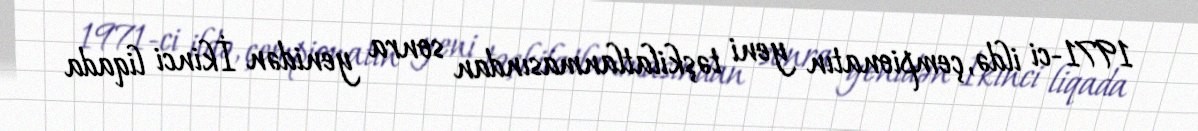
1971-ci ildə, çempionatın yeni təşkilatlanmasından sonra yenidən İkinci liqada